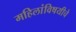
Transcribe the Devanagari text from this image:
महिलांविषयीचे